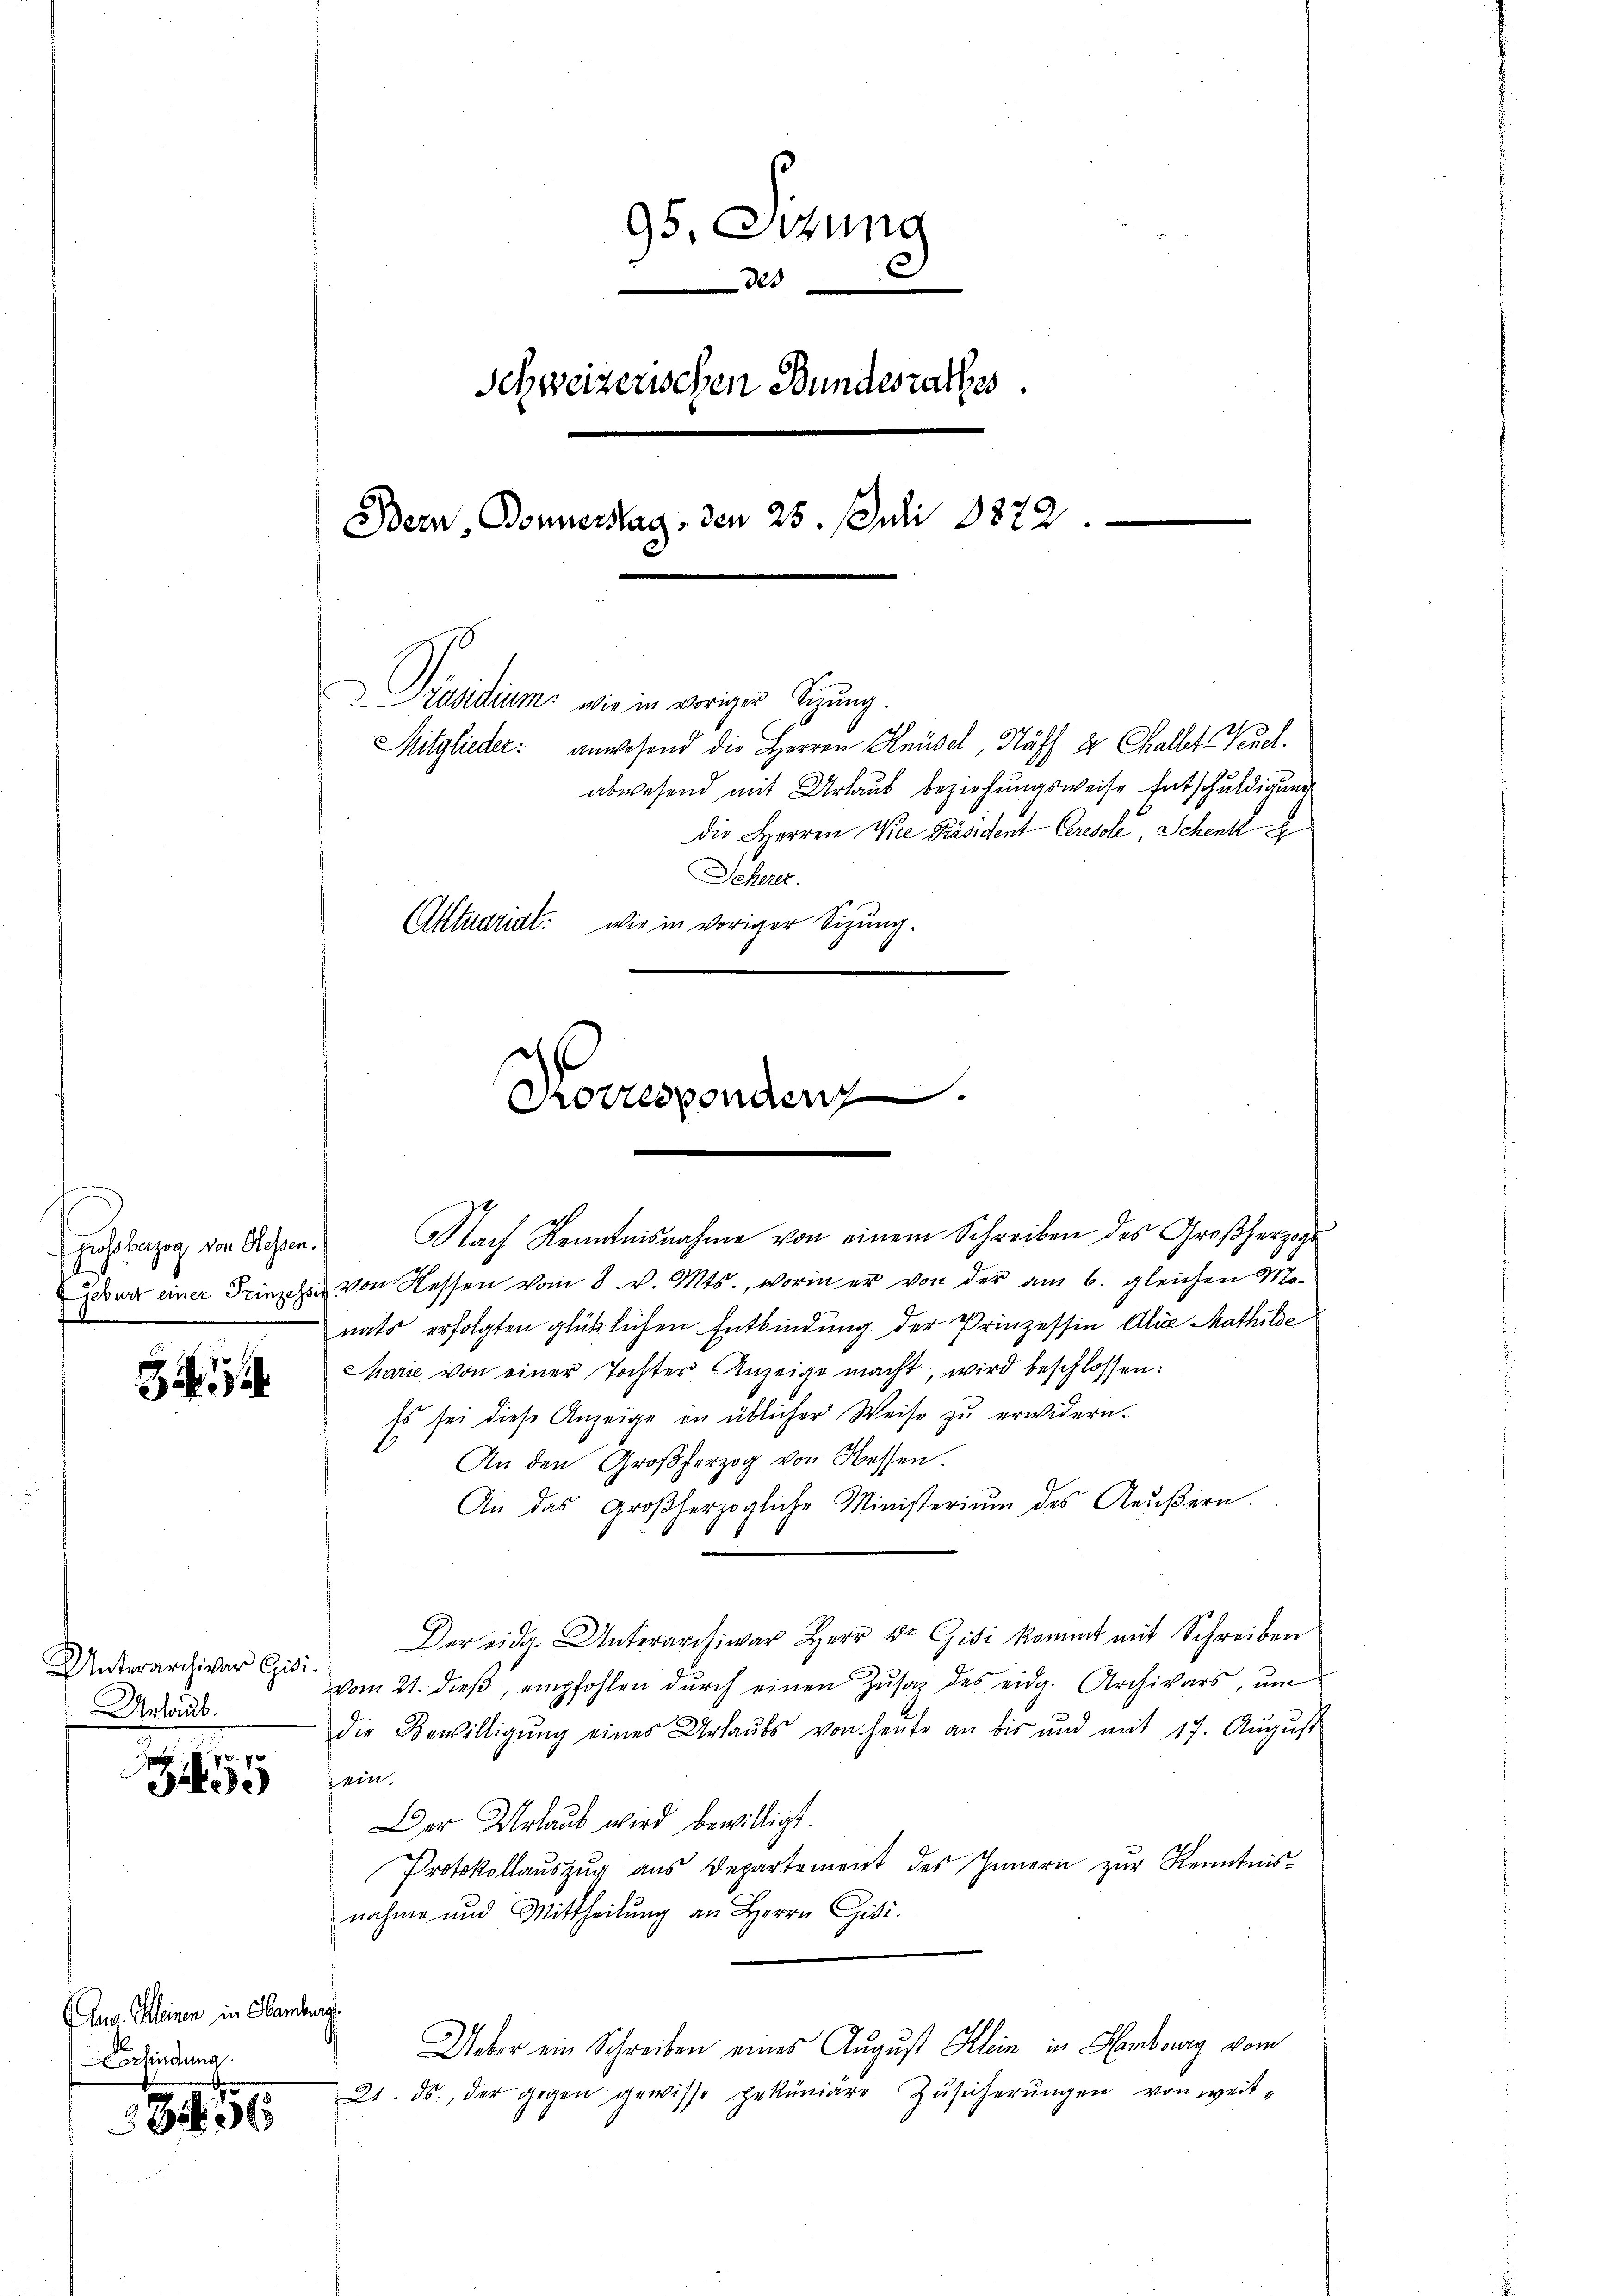
gusbezug von Glossen.

Unterarchiver Gisi¬
Urlaub.

55

Aug. Kleinen in Hamberg
erhindung

356

95. Sekung
2
Schweizerischen Bundesrathes
Bern, Donnerstag, den 25. Juli 1872.
asidium wie in voriger Sizung.
Mitglieder: anwesend die Herren Knüsel, Kähl u Challet Neue
abwesend mit Urlaub beziehungsweise Entschuldigung
die Herren Wie Präsident Ceresole, Schenk g
Seherer.
Aktuariat: wie in voriger Sizung
Korresponden

Des wir einer Prinzehen von Kessen vom 8. v. Mts., worin er von der am 6. gleichen Mo-
nats erfolgten glücklichen Entbindung der Prinzessin Alie Mathilde
Marie von einer Tochter Anzeige macht, wird beschlossen:
Es sei diese Anzeige in üblicher Weise zu erwidern.
An den Großherzog von Hessen.
An das großherzogliche Ministerium des Aeŭβern.
Der eidg. Unterarchivar Herr Dr Gisi kommt mit Schreiben
vom 21. dieβ, empfohlen dŭrch einen Zŭsaz des eidg. Archivars, um
die Bewilligŭng eines Urlaŭbs von heŭte an bis und mit 17. Aŭgŭst
ein.
Der Urlaub wird bewilligt.
Protokollaŭszŭg aŭs Departement des Innern zŭr Kenntnis-
nahme und Mittheilŭng an Herrn Gisi
Ueber ein Schreiben eines August Klein in Hembourg vom
21. ds., der gegen gewisse gekuniäre Zŭsicherŭngen von weit-

Nach Kenntnisnahme von einem Schreiben des Großherzogs